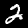
Label: 2